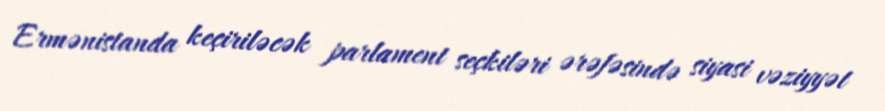
Ermənistanda keçiriləcək parlament seçkiləri ərəfəsində siyasi vəziyyət